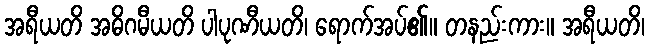
အရီယတိ အဓိဂမီယတိ ပါပုဏီယတိ၊ ရောက်အပ်၏။ တနည်းကား။ အရီယတိ၊